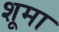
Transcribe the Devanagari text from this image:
शूमा